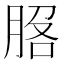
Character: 𦛵